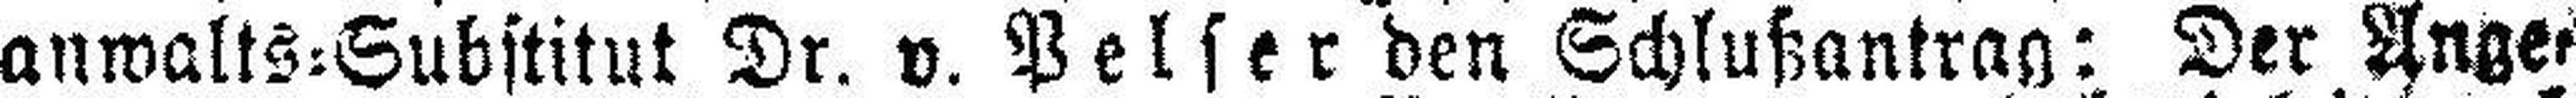
anwalts=Substitut Dr. v. Pelser den Schlußantrag: Der Ange¬